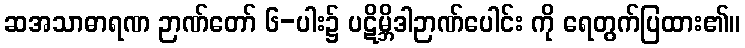
ဆအသာဓာရဏ ဉာဏ်တော် ၆-ပါး၌ ပဋိမ္ဘိဒါဉာဏ်ပေါင်း ကို ရေတွက်ပြထား၏။